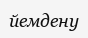
йемдену